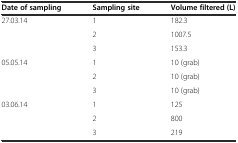
<table><thead><tr><td><b>Date of sampling</b></td><td><b>Sampling site</b></td><td><b>Volume filtered (L)</b></td></tr></thead><tbody><tr><td>27.03.14</td><td>1</td><td>182.3</td></tr><tr><td></td><td>2</td><td>1007.5</td></tr><tr><td></td><td>3</td><td>153.3</td></tr><tr><td>05.05.14</td><td>1</td><td>10 (grab)</td></tr><tr><td></td><td>2</td><td>10 (grab)</td></tr><tr><td></td><td>3</td><td>10 (grab)</td></tr><tr><td>03.06.14</td><td>1</td><td>125</td></tr><tr><td></td><td>2</td><td>800</td></tr><tr><td></td><td>3</td><td>219</td></tr></tbody></table>